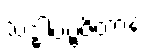
သဒ္ဓါပဗ္ဗဇိတာနံ